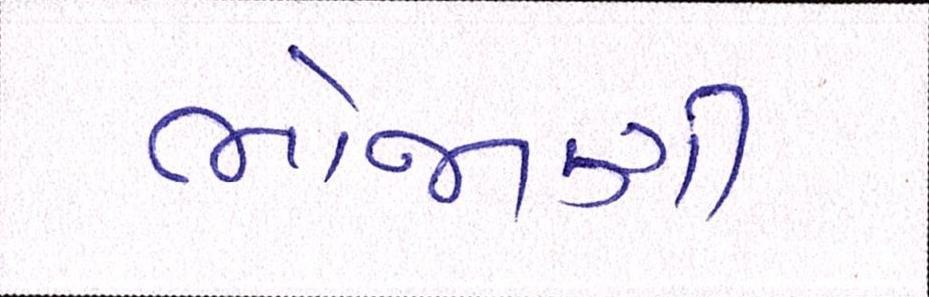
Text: ભોજાણી